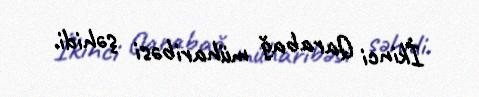
İkinci Qarabağ müharibəsi şəhidi.